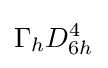
\Gamma _{h}D_{6h}^{4}